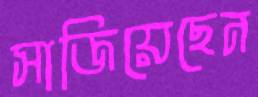
সাজিয়েছেন